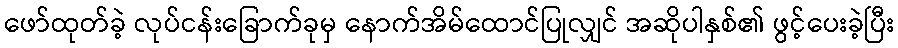
ဖော်ထုတ်ခဲ့ လုပ်ငန်းခြောက်ခုမှ နောက်အိမ်ထောင်ပြုလျှင် အဆိုပါနှစ်၏ ဖွင့်ပေးခဲ့ပြီး